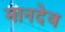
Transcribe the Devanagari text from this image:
मानदेव